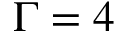
\Gamma = 4